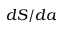
d S / d a